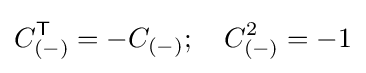
C_{(-)}^{\textsf {T}}=-C_{(-)};~~~C_{(-)}^{2}=-1